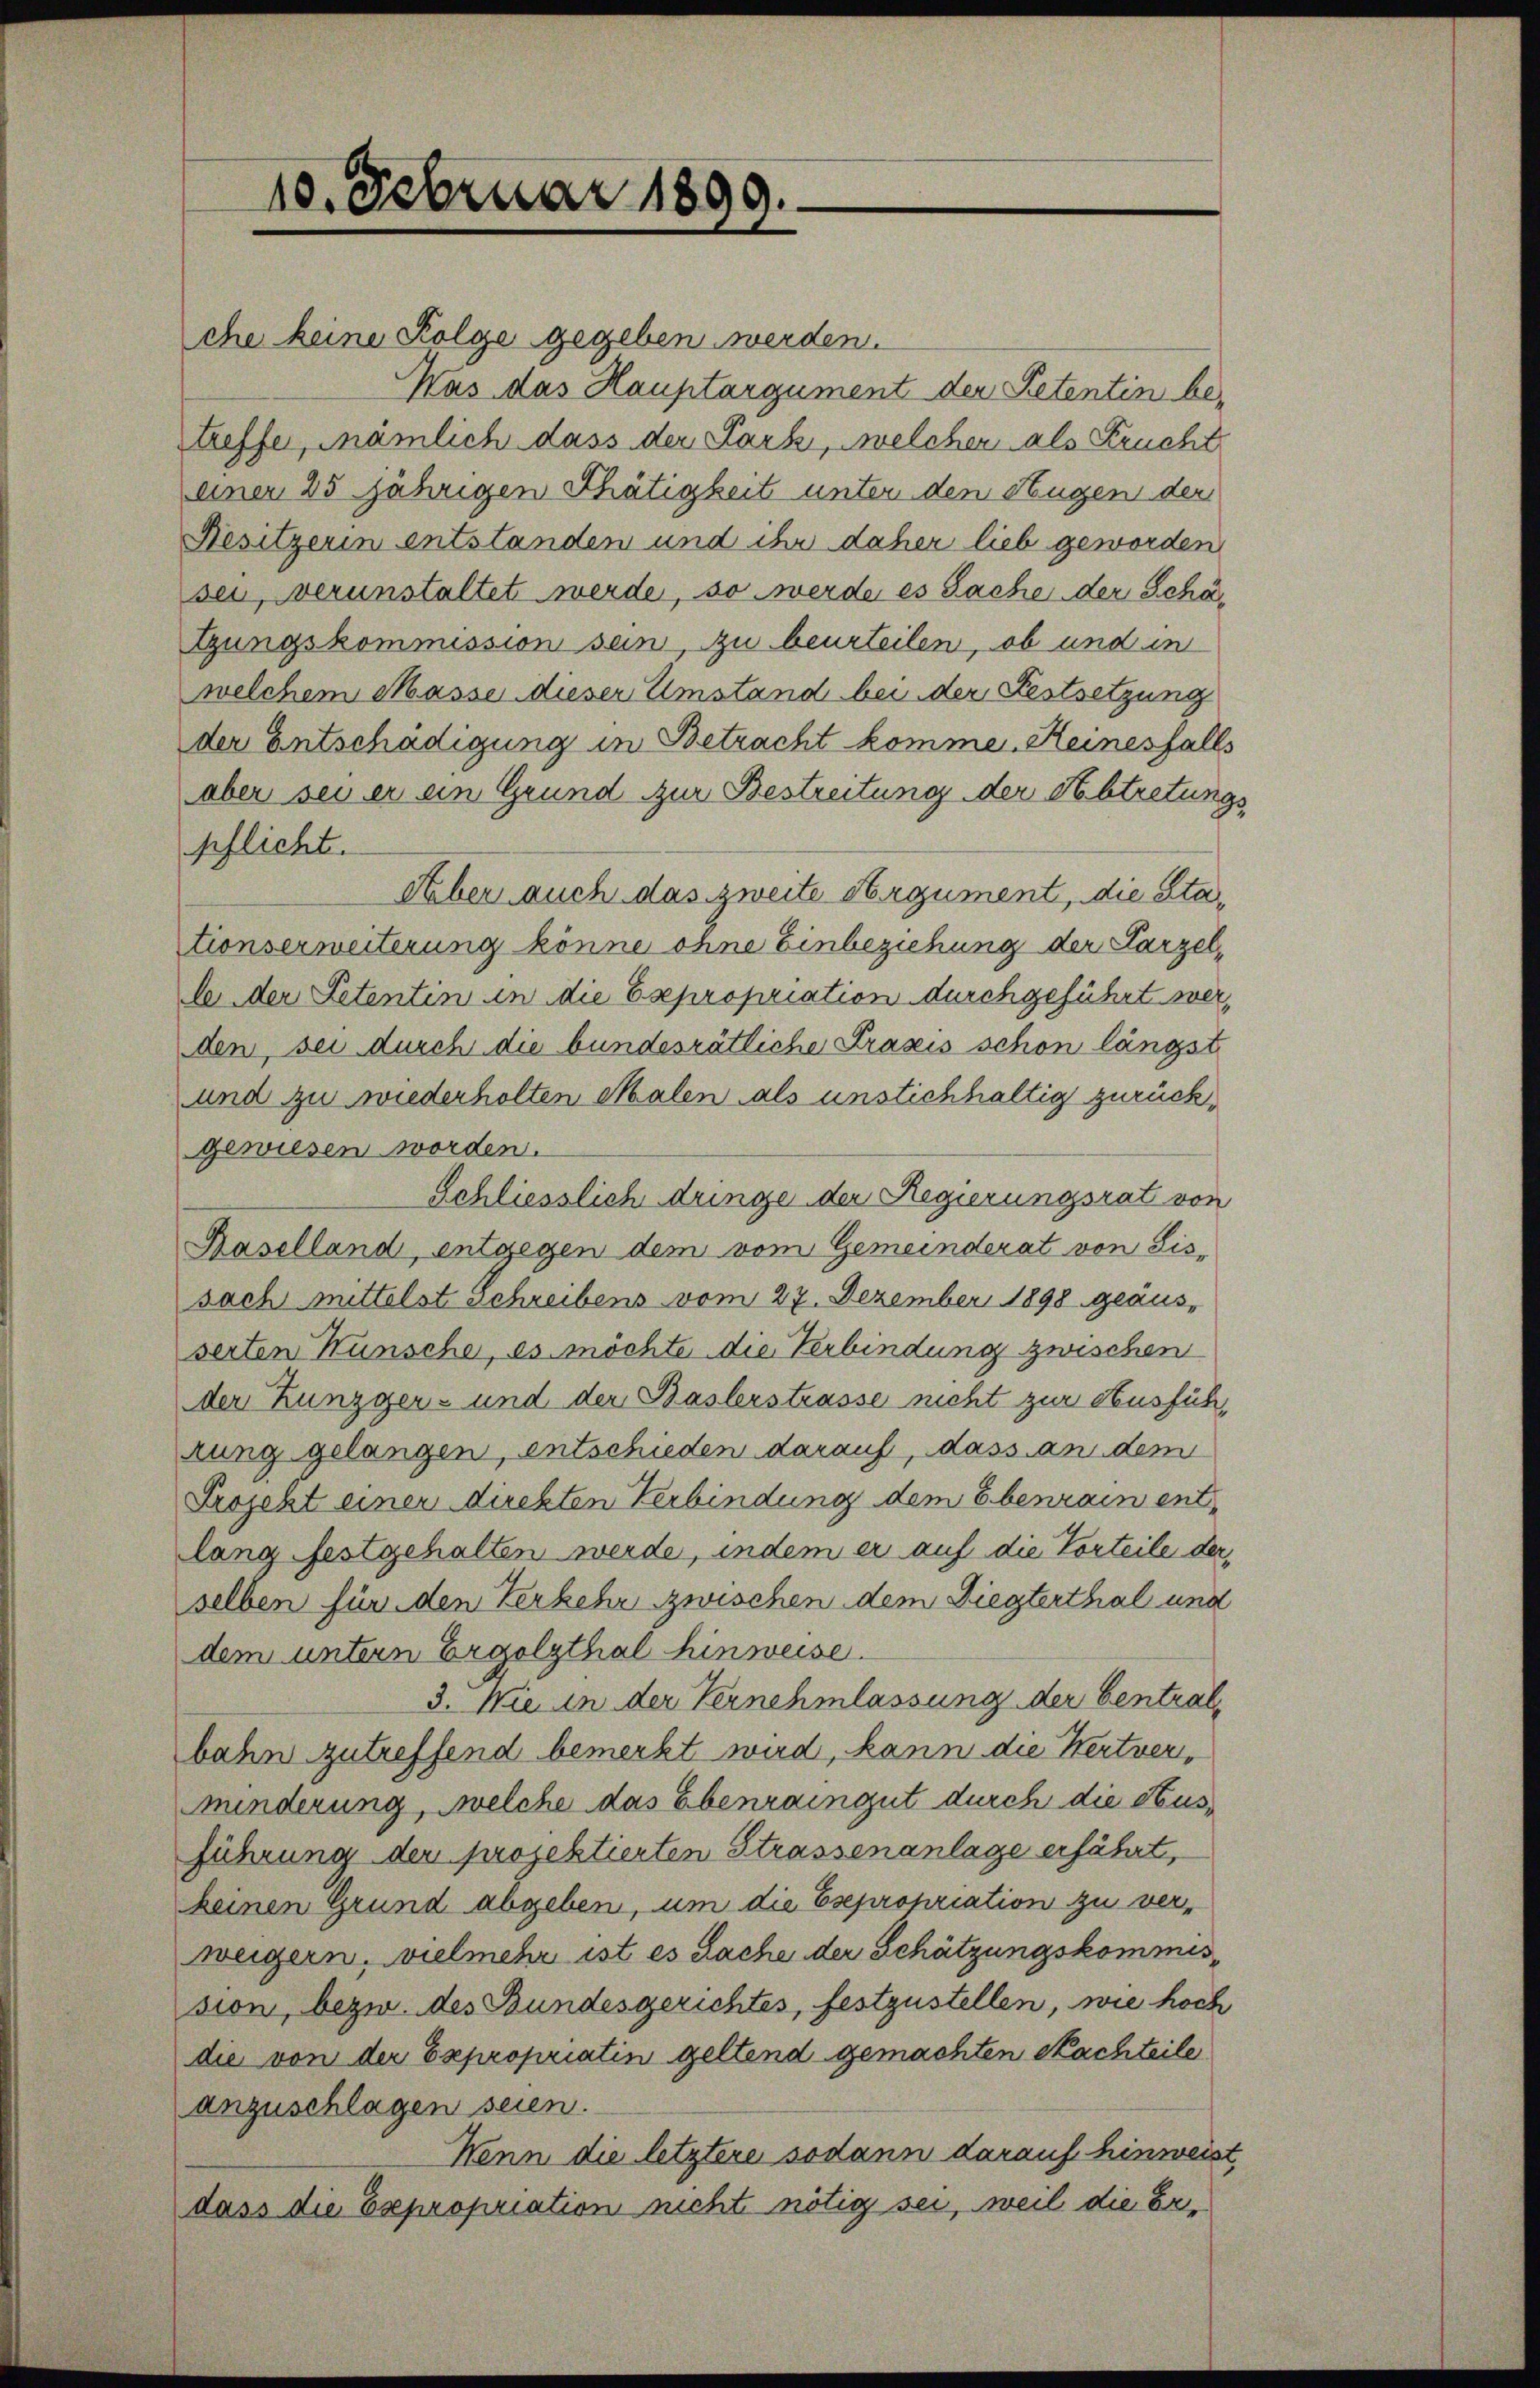
10. Februar 1899.

che keine Folge gegeben werden.
Was das Hauptargument der Petentin betreffen, nämlich dass der Park, welchen als Frucht
einer 25 jährigen Thätigkeit unter den Hugen der
Besitzerin entstanden und ihr daher lieb geworden
sei, verunstaltet werde, so werde es Sache der Schötzungskommission sein, zu beurteilen, ob und in
welchem Masse dieser Umstand bei der Festsetzung
der Entschädigung in Betracht komme. Keinesfalls
aber sei er ein Grund zur Bestreitung der Abtretungspflicht.
Laber auch das zweite Argument, die Sta¬
Etionserweiterung könne ohne Einbeziehung der Parzelb der Petentin in die Expropriation durchgeführt werden, sei durch die bundesrätliche Praxis schon längst
und zu wiederholten Malen als unstichhaltig zurückgewiesen worden.
Schliesslich dringe der Regierungsrat von
Paselland, entgegen dem vom Gemeinderat von Lis-
sach mittelst Schreibens vom 27. Dezember 1898 geäusserten Wünsche, es möchte die Verbindung zwischen
der Zungger- und der Baslerstrasse nicht zur Ausführung gelangen, entschieden darauf, dass an dem
Projekt einer direkten Verbindung dem Ebenrain entlang festgehalten werde, indem er auf die Vorteile der
selben für den Verkehr zwischen dem Liegterthal und
dem untern Ergelsthal hinweise.
3. Wie in der Vernehmlassung der Centralbahn zutreffend bemerkt wird, kann die Wertvermunderung, welche das Ebenraingut durch die Ausführung der projektierten Strassenanlage erfährt,
keinen Grund abgeben, um die Esepropriation zu verweigern, vielmehr ist es Sache der Schätzungskommission, bezw. des Bundesgerichtes, festzustellen, wie hoch
die von der Expropriatin geltend gemachten Nachteile
anzuschlagen seien.
Wenn die letztere sodann darauf hinweist,
dass die Expropriation nicht nötig sei, weil die Er¬